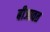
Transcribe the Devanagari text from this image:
बीजावत